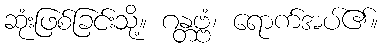
ဆုံးဖြစ်ခြင်းသို့။ ဂန္တဗ္ဗံ၊ ရောက်အပ်၏။